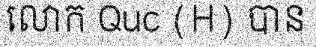
លោក Quc (H) បាន